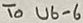
Text: To U6-6